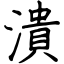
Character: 潰